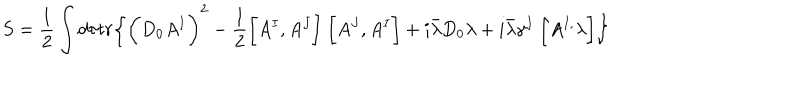
LaTeX: S = \frac { 1 } { 2 } \int d \tau t r \biggl \{ \biggl ( D _ { 0 } A ^ { I } \biggr ) ^ { 2 } - \frac { 1 } { 2 } \biggl [ A ^ { I } , A ^ { J } \biggr ] ~ \biggl [ A ^ { J } , A ^ { I } \biggr ] + i { \bar { \lambda } } D _ { 0 } \lambda + i { \bar { \lambda } } { \gamma } ^ { I } ~ \biggl [ A ^ { I , } \lambda \biggr ] \biggr \}